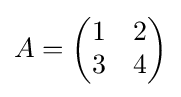
A={\begin{pmatrix}1&2\\3&4\end{pmatrix}}